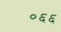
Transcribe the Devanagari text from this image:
०६६